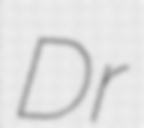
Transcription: Dr